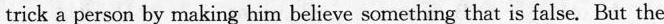
trick a person by making him believe something that is false. But the